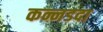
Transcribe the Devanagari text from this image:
कन्नडदा